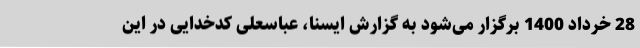
28 خرداد 1400 برگزار می‌شود به گزارش ایسنا، عباسعلی کدخدایی در این